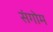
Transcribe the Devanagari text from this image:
संगोम